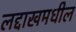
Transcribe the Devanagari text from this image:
लद्दाखमधील